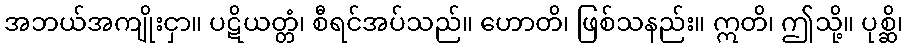
အဘယ်အကျိုးငှာ။ ပဋိယတ္တံ၊ စီရင်အပ်သည်။ ဟောတိ၊ ဖြစ်သနည်း။ ဣတိ၊ ဤသို့။ ပုစ္ဆိ၊